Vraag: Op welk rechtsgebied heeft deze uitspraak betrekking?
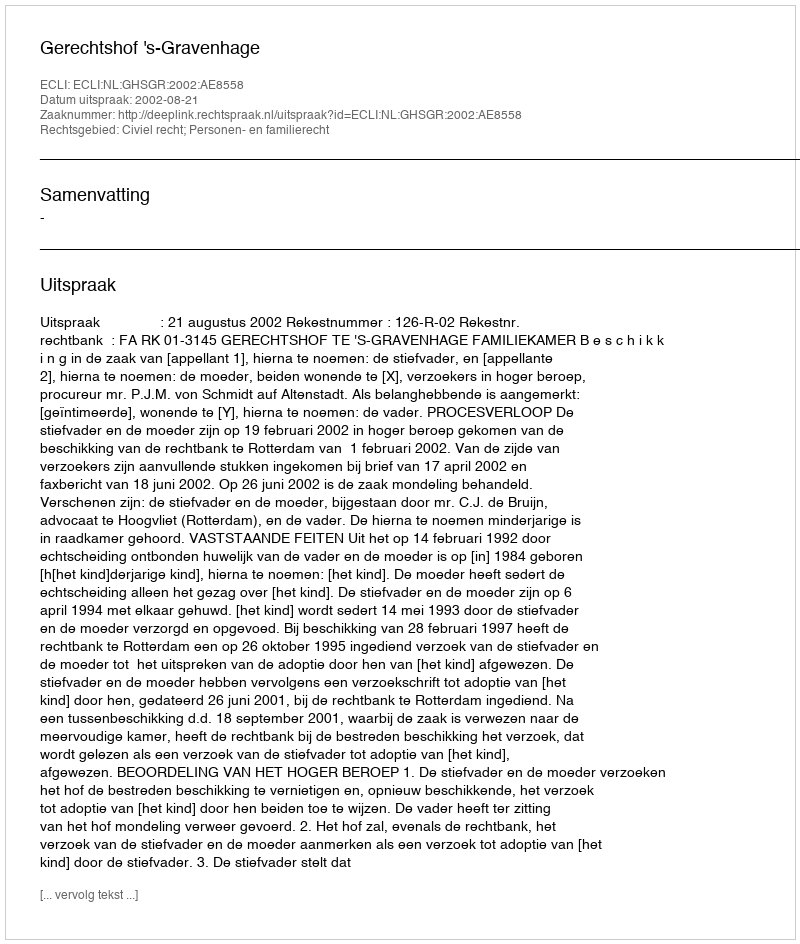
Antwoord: Civiel recht; Personen- en familierecht